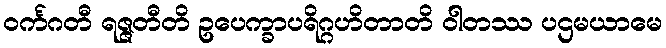
ဝင်္ကဂတီ ရဇ္ဇတီတိ ဥပေက္ခာပရိဂ္ဂဟိတာတိ ဝါတဿ ပဌမယာမေ